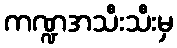
ကဏ္ဍအသီးသီးမှ